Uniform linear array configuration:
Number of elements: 4
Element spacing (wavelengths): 0.5
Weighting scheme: binomial
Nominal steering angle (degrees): -45
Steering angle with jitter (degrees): -45.179
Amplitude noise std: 0.05
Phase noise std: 0.05

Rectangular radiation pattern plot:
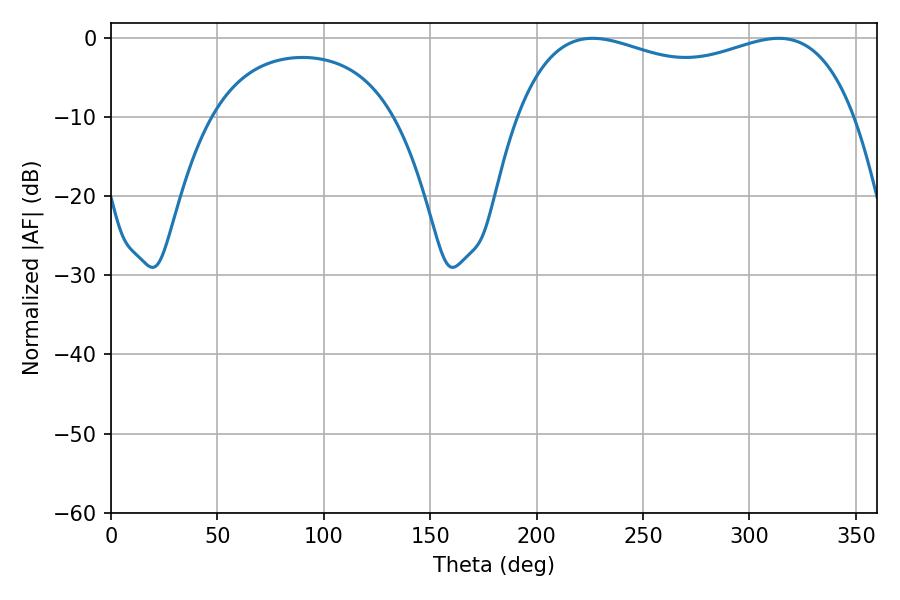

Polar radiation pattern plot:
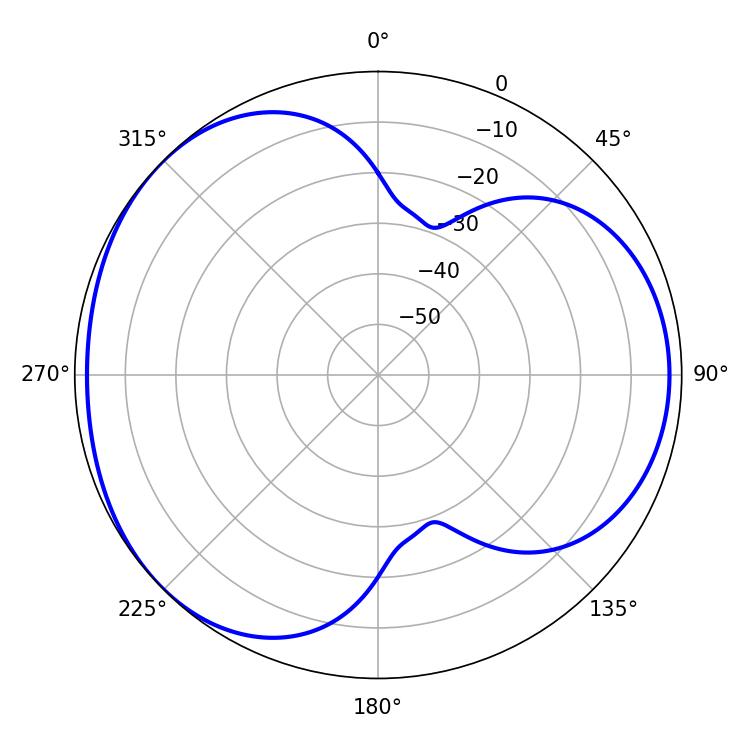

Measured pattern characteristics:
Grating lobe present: FALSE
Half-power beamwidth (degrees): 130.32
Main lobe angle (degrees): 226.26